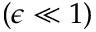
( \epsilon \ll 1 )